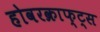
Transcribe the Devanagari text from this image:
होवरक्राफ्ट्स